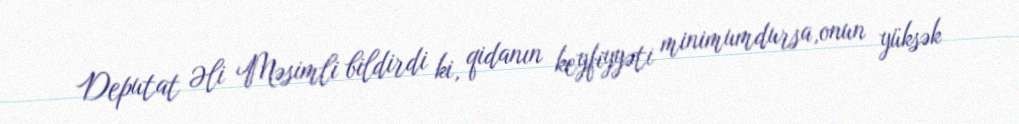
Deputat Əli Məsimli bildirdi ki, qidanın keyfiyyəti minimumdursa,onun yüksək